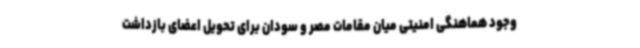
وجود هماهنگی امنیتی میان مقامات مصر و سودان برای تحویل اعضای بازداشت